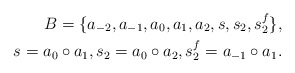
\begin{align*} B = \{ a_{-2},a_{-1},a_0,a_1,a_2,s,s_2,s_2^f \}, \\ s = a_0\circ a_1, s_2 = a_0\circ a_2, s_2^f = a_{-1}\circ a_1. \end{align*}